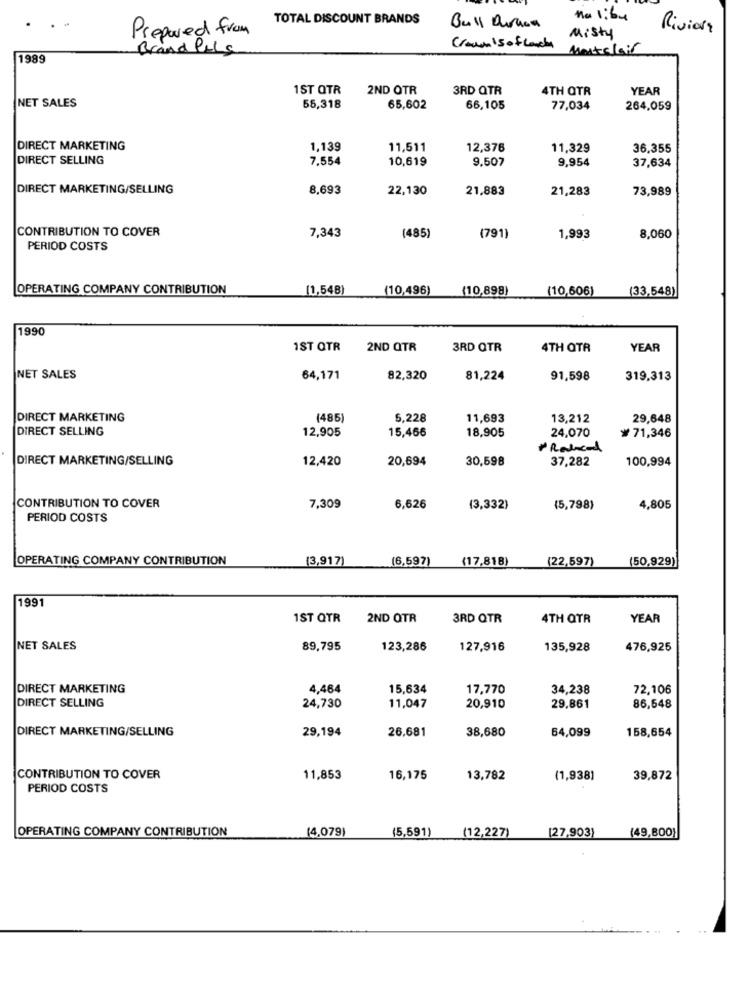
TOTAL DISCOUNT BRANDS
na 1:64
Prepared from
Bull Duraon
Riviera
Misty
Brand Pels
Crown 15 of Lanche
Montclair
1989
1ST QTR
2ND OTR
3RD QTR
4TH QTR
YEAR
NET SALES
55,318
65,602
66,105
77,034
264,059
DIRECT MARKETING
1,139
11,511
12,376
11,329
36,355
DIRECT SELLING
7.554
10,619
9.507
9,954
37,634
DIRECT MARKETING/SELLING
8,693
22,130
21,883
21,283
73,989
CONTRIBUTION TO COVER
7,343
(485)
(791)
1,993
8,060
PERIOD COSTS
OPERATING COMPANY CONTRIBUTION
(1,548)
(10,496)
(10,898)
(10,606)
(33,548)
1990
1ST QTR
2ND QTR
3RD QTR
4TH QTR
YEAR
NET SALES
64,171
82,320
81,224
91,598
319,313
DIRECT MARKETING
(485)
5,228
11,693
13,212
29,648
DIRECT SELLING
12,905
15,466
24,070
18,905
₩71,346
DIRECT MARKETING/SELLING
12,420
20,694
30,598
37,282
100,994
CONTRIBUTION TO COVER
7,309
6,626
(3,332)
(5,798)
4,805
PERIOD COSTS
OPERATING COMPANY CONTRIBUTION
(3,917)
(6,597)
(17,818)
(22,597)
(50,929)
1991
1ST QTR
2ND QTR
3RD QTR
4TH QTR
YEAR
NET SALES
89,795
123,286
127,916
135,928
476,925
DIRECT MARKETING
4,464
15,634
17,770
34,238
72,106
DIRECT SELLING
24,730
11,047
20,910
29.861
86,548
DIRECT MARKETING/SELLING
29,194
26,681
38,680
64,099
158,654
CONTRIBUTION TO COVER
11,853
16,175
13,782
(1,938]
39,872
PERIOD COSTS
OPERATING COMPANY CONTRIBUTION
(4,079)
(5,591)
(12,227)
[27,903)
(49,800)